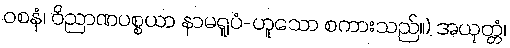
ဝစနံ၊ ဝိညာဏပစ္စယာ နာမရူပံ-ဟူသော စကားသည်။) အယုတ္တံ၊